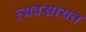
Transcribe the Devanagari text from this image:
व्यवसायत